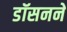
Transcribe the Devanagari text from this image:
डॉसनने